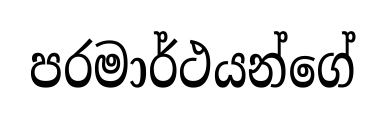
පරමාර්ථයන්ගේ